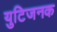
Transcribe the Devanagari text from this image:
युटिजनक